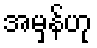
အမှန်ဟု